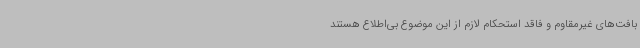
بافت‌های غیرمقاوم و فاقد استحکام لازم از این موضوع بی‌اطلاع هستند